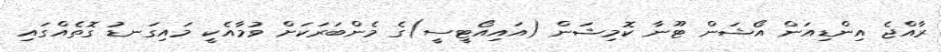
ރާއްޖެ އިންޑިއަން އޯޝަން ޓޫނާ ކޮމިޝަން (އައިއޯޓީސީ)ގެ މެންބަރަކަށް ވުމާއެކީ މައިގަނޑު ގޮތެއްގައި